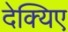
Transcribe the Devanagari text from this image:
देक्यिए